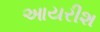
આયરીશ